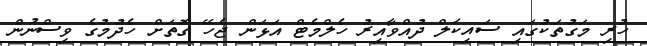
ހުރި މަގުތަކުގައި ސައިކަލް ދުއްވާއިރު ހެލްމެޓް އަޅަން ޖެހޭ ގޮތަށް ހެދުމުގެ ވިސްނުން